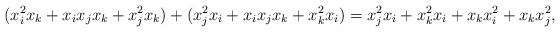
LaTeX: \begin{align*}(x_i^2x_k+x_ix_jx_k+x_j^2x_k )+ (x_j^2x_i+x_ix_jx_k+x_k^2x_i) = x_j^2x_i+x_k^2x_i+x_kx_i^2+x_kx_j^2,\end{align*}